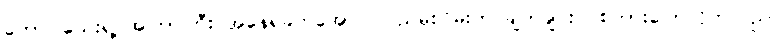
တော်ပါသေးရဲ့ အကြာကြီး အနေရခက်အောင် ပြည်မိုးငြိမ်းက ချက်ချင်းပဲ စကားပြောလိုက်သည်။